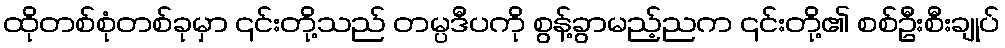
ထိုတစ်စုံတစ်ခုမှာ ၎င်းတို့သည် တမ္ပဒီပကို စွန့်ခွာမည့်ညက ၎င်းတို့၏ စစ်ဦးစီးချုပ်